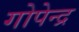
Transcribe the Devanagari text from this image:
गोपेन्द्र